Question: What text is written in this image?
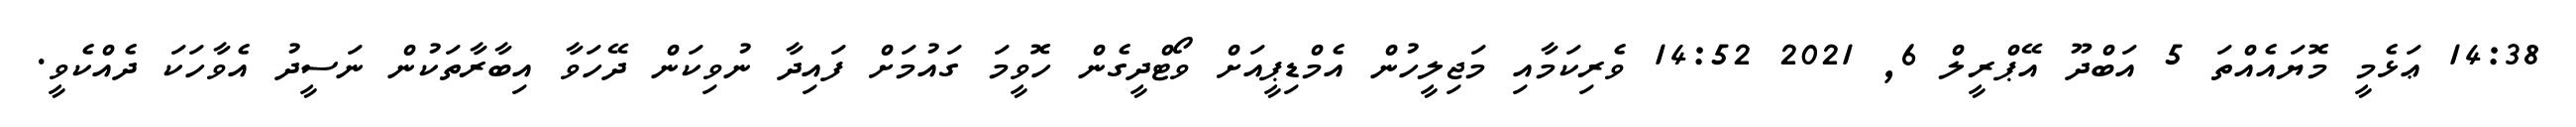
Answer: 14:38 ޢަޅެމީ މޮޔައެއްތަ 5 އަބްދޫ އޭޕްރީލް 6, 2021 14:52 ވެރިކަމާއި މަޖިލީހުން އެމްޑިޕީއަށް ވޯޓްދީގެން ހޮވީމަ ގައުމަށް ފައިދާ ނުވިކަން ދޭހަވާ އިބާރާތަކުން ނަސީދު އެވާހަކަ ދެއްކެވީ.